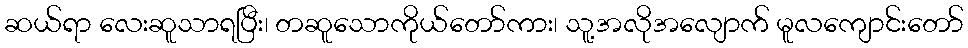
ဆယ်ရာ လေးဆူသာရပြီး၊ တဆူသောကိုယ်တော်ကား၊ သူ့အလိုအလျောက် မူလကျောင်းတော်